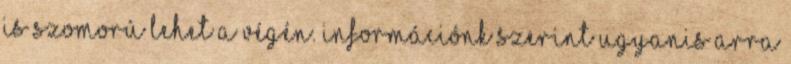
is szomorú lehet a végén. Információnk szerint ugyanis arra